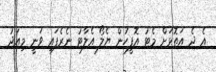
އެ ދެ އަތޮޅަށް މެޓު އޮފީހުން ޔެލޯ އެލާޓު ނެރެފައި ވަނީ މިއަދު